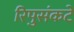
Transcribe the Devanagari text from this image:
रिपुसंकटे